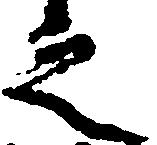
之